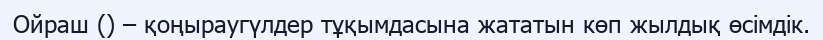
Ойраш () – қоңыраугүлдер тұқымдасына жататын көп жылдық өсімдік.